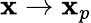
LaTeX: \mathbf{x}\to\mathbf{x}_{p}